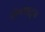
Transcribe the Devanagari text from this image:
गीगाहट्र्ज